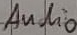
Text: Audio